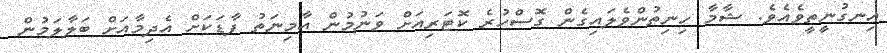
އިނގުނީތީވެއެވެ. ޝާމާ ހިނިތުންވެލައިގެން ގޮސްހުރެ ކޮޓަރިއަށް ވަނުމުން އާމިނަތު ފާޑަކަށް އެދިމާއަށް ބަލާލަމުން